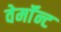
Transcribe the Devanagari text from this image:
वेर्माॅन्ट